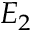
E _ { 2 }